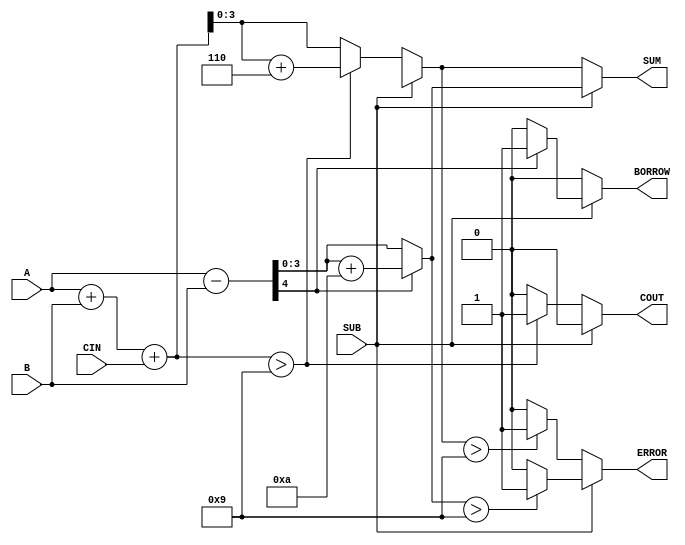
module BCD_Add_Subtracter (
    input  wire [3:0] A,      // First BCD digit
    input  wire [3:0] B,      // Second BCD digit
    input  wire SUB,          // Control signal for addition/subtraction
    input  wire CIN,          // Carry input for addition
    output reg  [3:0] SUM,    // Resulting BCD digit
    output reg  COUT,         // Carry output
    output reg  BORROW,       // Borrow output
    output reg  ERROR         // Error flag
);

    wire [4:0] binary_sum;    // 5-bit to accommodate carry
    wire [4:0] binary_diff;   // 5-bit for subtraction result
    wire [3:0] corrected_sum; // Corrected sum for BCD
    wire [3:0] corrected_diff; // Corrected difference for BCD

    // Calculate binary sum
    assign binary_sum = A + B + CIN;

    // Calculate binary difference
    assign binary_diff = A - B;

    // BCD correction for addition
    always @(*) begin
        if (SUB == 0) begin // Addition
            if (binary_sum > 9) begin
                SUM = binary_sum + 6; // Apply BCD correction
                COUT = 1;              // Set carry out
            end else begin
                SUM = binary_sum;      // No correction needed
                COUT = 0;              // No carry out
            end
            
            // Error detection
            ERROR = (SUM > 9) ? 1 : 0; // Invalid BCD output
            BORROW = 0;                // No borrow in addition
        end else begin // Subtraction
            if (binary_diff[4] == 1) begin // Negative result
                corrected_diff = binary_diff + 10; // Apply BCD correction
                BORROW = 1;                     // Set borrow flag
            end else begin
                corrected_diff = binary_diff; // No correction needed
                BORROW = 0;                   // No borrow
            end
            
            // Assign the corrected difference to SUM
            SUM = corrected_diff;
            
            // Error detection
            ERROR = (SUM > 9) ? 1 : 0; // Invalid BCD output
            COUT = 0;                  // No carry out in subtraction
        end
    end

endmodule